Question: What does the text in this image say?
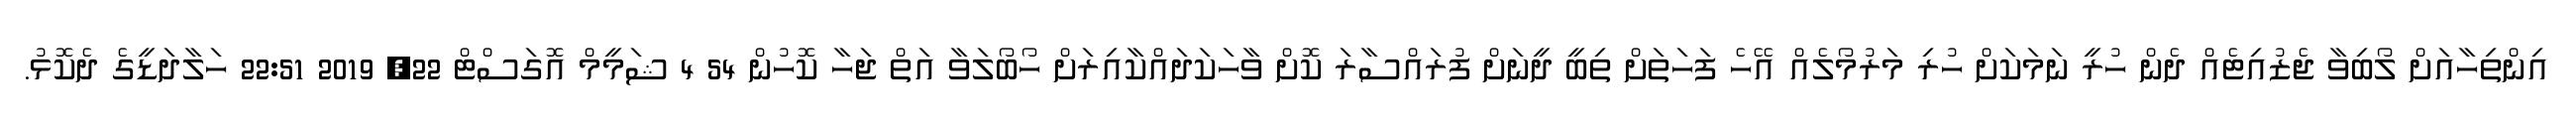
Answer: އިންތިހާއަށް ލޯބިވާ ޖެޒުއިޓެއް ދެން ހުރީ ނަމަކަށް ހުރި މަރުމޯލެއް އޭހެ ފަހަތަށް ތިބީ ދީނަށް ފުރައްސާރަ ކޮށް ވާހަކަދައްކާއިރަށް ހޯބޯލަވާ އަތް ޖަހާ ކޮހުން 54 4 ޝަމީމް އޮގަސްޓް 22, 2019 22:51 ހަލާދަޑީގެ ދެކޮޅު.